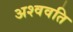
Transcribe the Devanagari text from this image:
अश्ववति